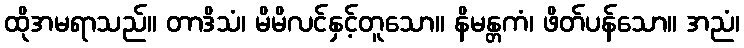
ထိုအမရာသည်။ တာဒိသံ၊ မိမိလင်နှင့်တူသော။ နိမန္တကံ၊ ဖိတ်ပန်သော။ အညံ၊